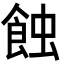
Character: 蝕